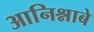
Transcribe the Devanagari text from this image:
आनिश्नाबे